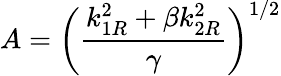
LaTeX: A=\bigg(\frac{k_{1R}^{2}+\beta k_{2R}^{2}}{\gamma}\bigg)^{1/2}